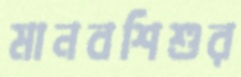
মানবশিশুর